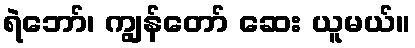
ရဲဘော်၊ ကျွန်တော် ဆေး ယူမယ်။